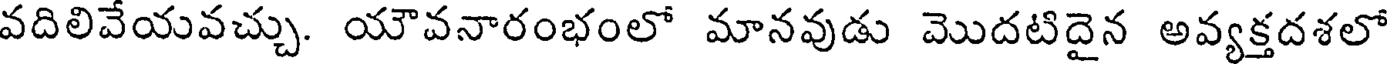
వదిలివేయవచ్చు. యౌవనారంభంలో మానవుడు మొదటిదైన అవ్యక్తదశలో